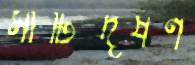
মাটিদূষণ